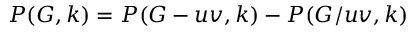
P ( G , k ) = P ( G - u v , k ) - P ( G / u v , k )